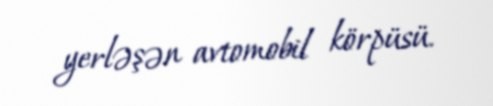
yerləşən avtomobil körpüsü.